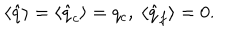
LaTeX: \langle \hat { q } \rangle = \langle \hat { q } _ { c } \rangle = q _ { c } , { } ~ \langle \hat { q } _ { f } \rangle = 0 .